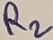
Text: R2